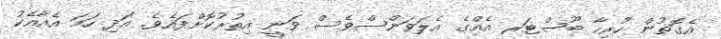
އެގޮތުން ހުރިހާ ބޫސްޓަރ އެއްގެ އެލަވަންސްވެސް ވަނީ އިތުރުކޮށްފައެވެ. އަދި ހަމަ އެއާއެކު